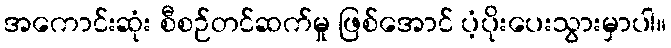
အကောင်းဆုံး စီစဉ်တင်ဆက်မှု ဖြစ်အောင် ပံ့ပိုးပေးသွားမှာပါ။